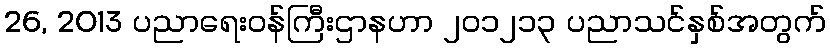
26, 2013 ပညာရေးဝန်ကြီးဌာနဟာ ၂၀၁၂၁၃ ပညာသင်နှစ်အတွက်